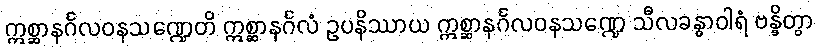
ဣစ္ဆာနင်္ဂလဝနသဏ္ဍေတိ ဣစ္ဆာနင်္ဂလံ ဥပနိဿာယ ဣစ္ဆာနင်္ဂလဝနသဏ္ဍေ သီလခန္ဓာဝါရံ ဗန္ဓိတွာ